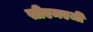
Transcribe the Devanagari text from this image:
सीएमएजी